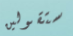
ستقولين